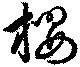
櫻